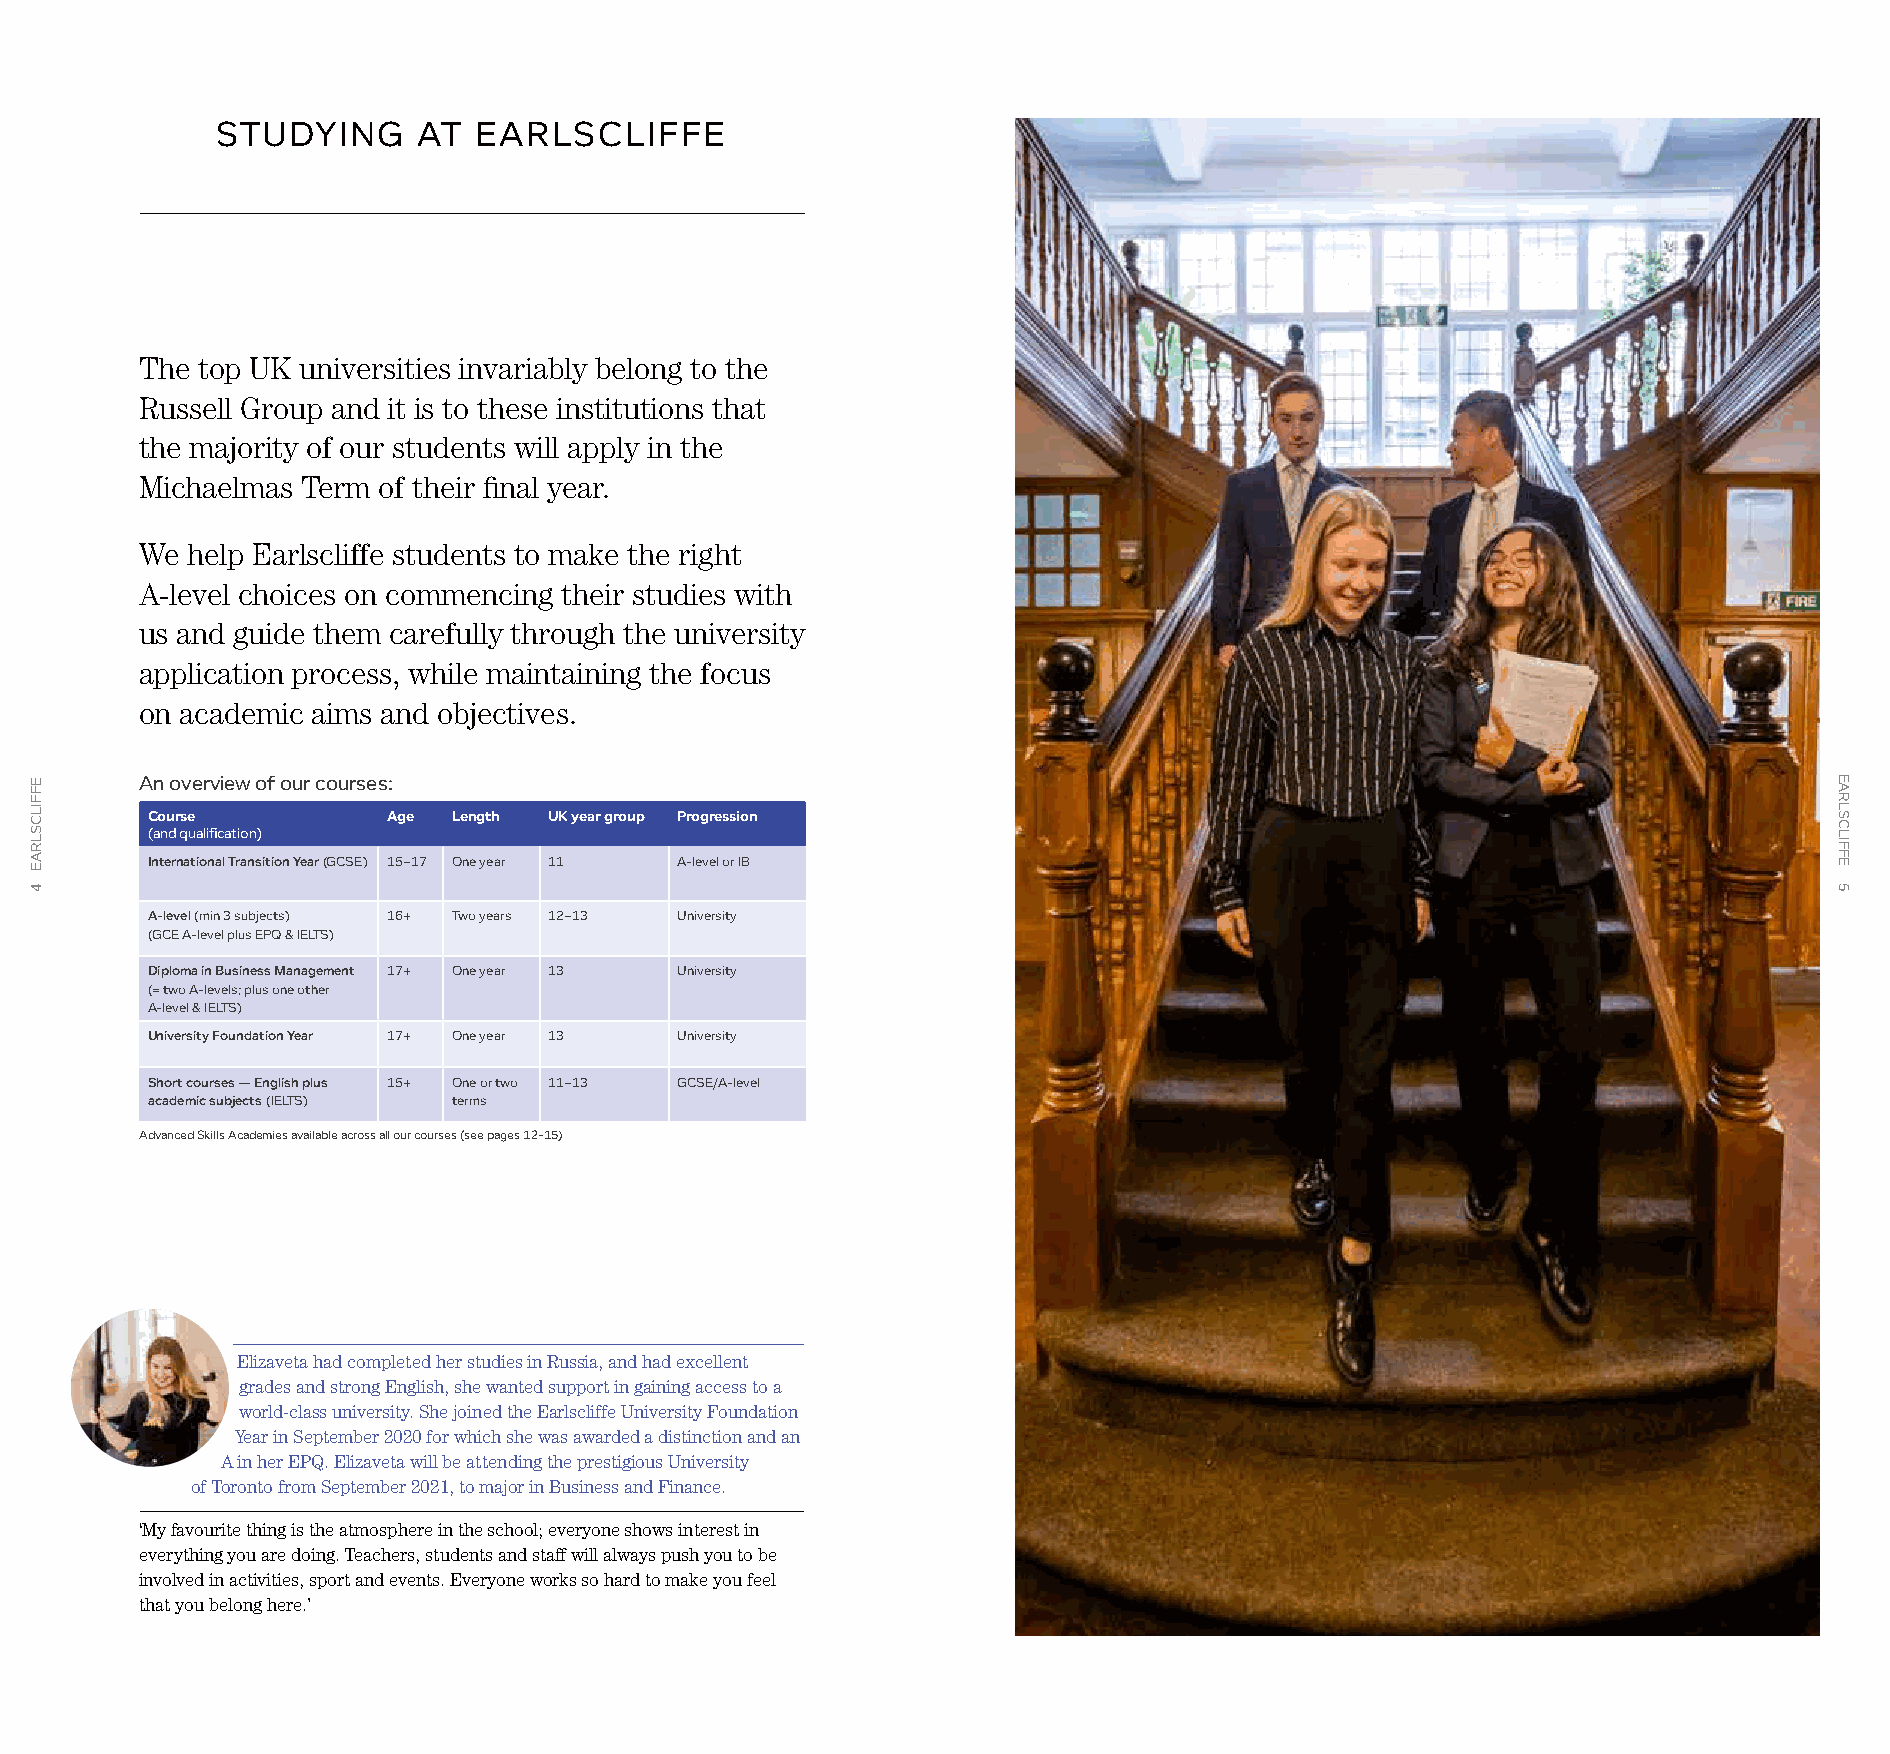
STUDYING      AT EARLSCLIFFE
 The top UK universities invariably belong to the
 Russell Group and it is to these institutions that
 the majority of our students will apply in the
 Michaelmas Term of their final year.
 We help Earlscliffe students to make the right
 A-level choices on commencing their studies with
 us and guide them carefully through the university
 application process, while maintaining the focus
 on academic aims and objectives.
 An overview of our courses:
 Course          Age Length UK year group Progression
 (and qualification)
 International Transition Year (GCSE) 15–17 One year 11 A-level or IB
 A-level (min 3 subjects) 16+ Two years 12–13 University
 (GCE A-level plus EPQ & IELTS)
 Diploma in Business Management 17+ One year 13 University
 (= two A-levels; plus one other
 A-level & IELTS)
 University Foundation Year 17+ One year 13 University
 Short courses — English plus 15+ One or two 11–13 GCSE/A-level
 academic subjects (IELTS) terms
 Advanced Skills Academies available across all our courses (see pages 12-15)
 Elizaveta had completed her studies in Russia, and had excellent
 grades and strong English, she wanted support in gaining access to a
 world-class university. She joined the Earlscliffe University Foundation
 Year in September 2020 for which she was awarded a distinction and an
 A in her EPQ. Elizaveta will be attending the prestigious University
 of Toronto from September 2021, to major in Business and Finance.
 ‘My favourite thing is the atmosphere in the school; everyone shows interest in
 everything you are doing. Teachers, students and staff will always push you to be
 involved in activities, sport and events. Everyone works so hard to make you feel
 that you belong here.’
 EFFILCSLRAE
 4
 EARLSCLIFFE
 5